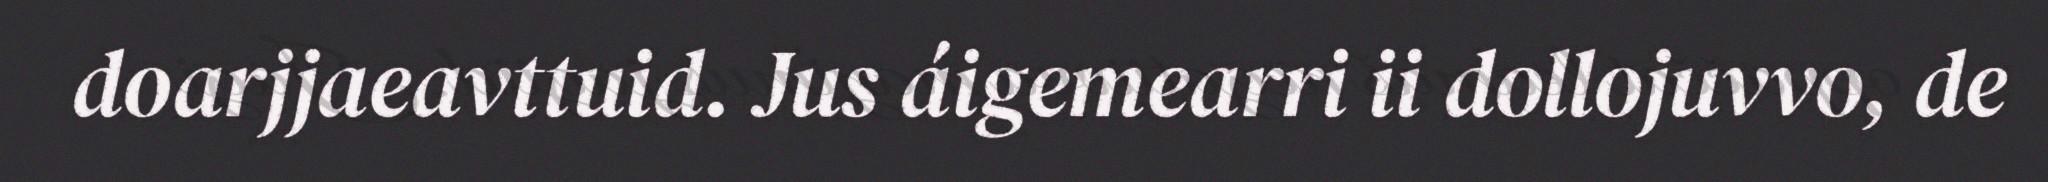
doarjjaeavttuid. Jus áigemearri ii dollojuvvo, de